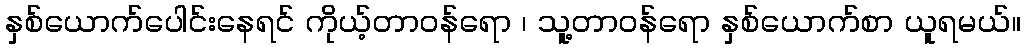
နှစ်ယောက်ပေါင်းနေရင် ကိုယ့်တာဝန်ရော ၊ သူ့တာဝန်ရော နှစ်ယောက်စာ ယူရမယ်။